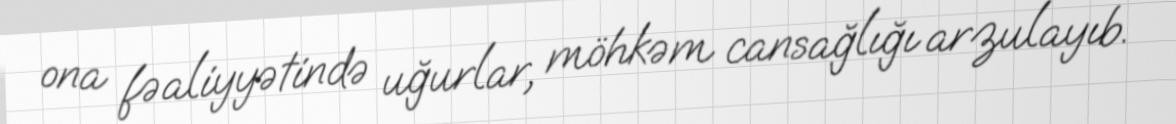
ona fəaliyyətində uğurlar, möhkəm cansağlığı arzulayıb.